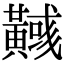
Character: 𪏞